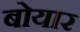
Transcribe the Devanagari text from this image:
बोयार